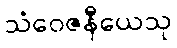
သံဝေဇနီယေသု